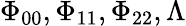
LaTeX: \Phi_{00},\Phi_{11},\Phi_{22},\Lambda